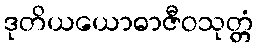
ဒုတိယယောဓာဇီဝသုတ္တံ